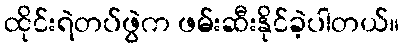
ထိုင်းရဲတပ်ဖွဲက ဖမ်းဆီးနိုင်ခဲ့ပါတယ်။